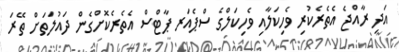
އަދި ރާއްޖެ އެތެރެކުރި ވެހިކަލާއި ވެހިކަލްގެ ސްޕެއަރ ޕާޓްސް އެތެރެކޮށްގެން ދައުލަތަށް ތޭރަ